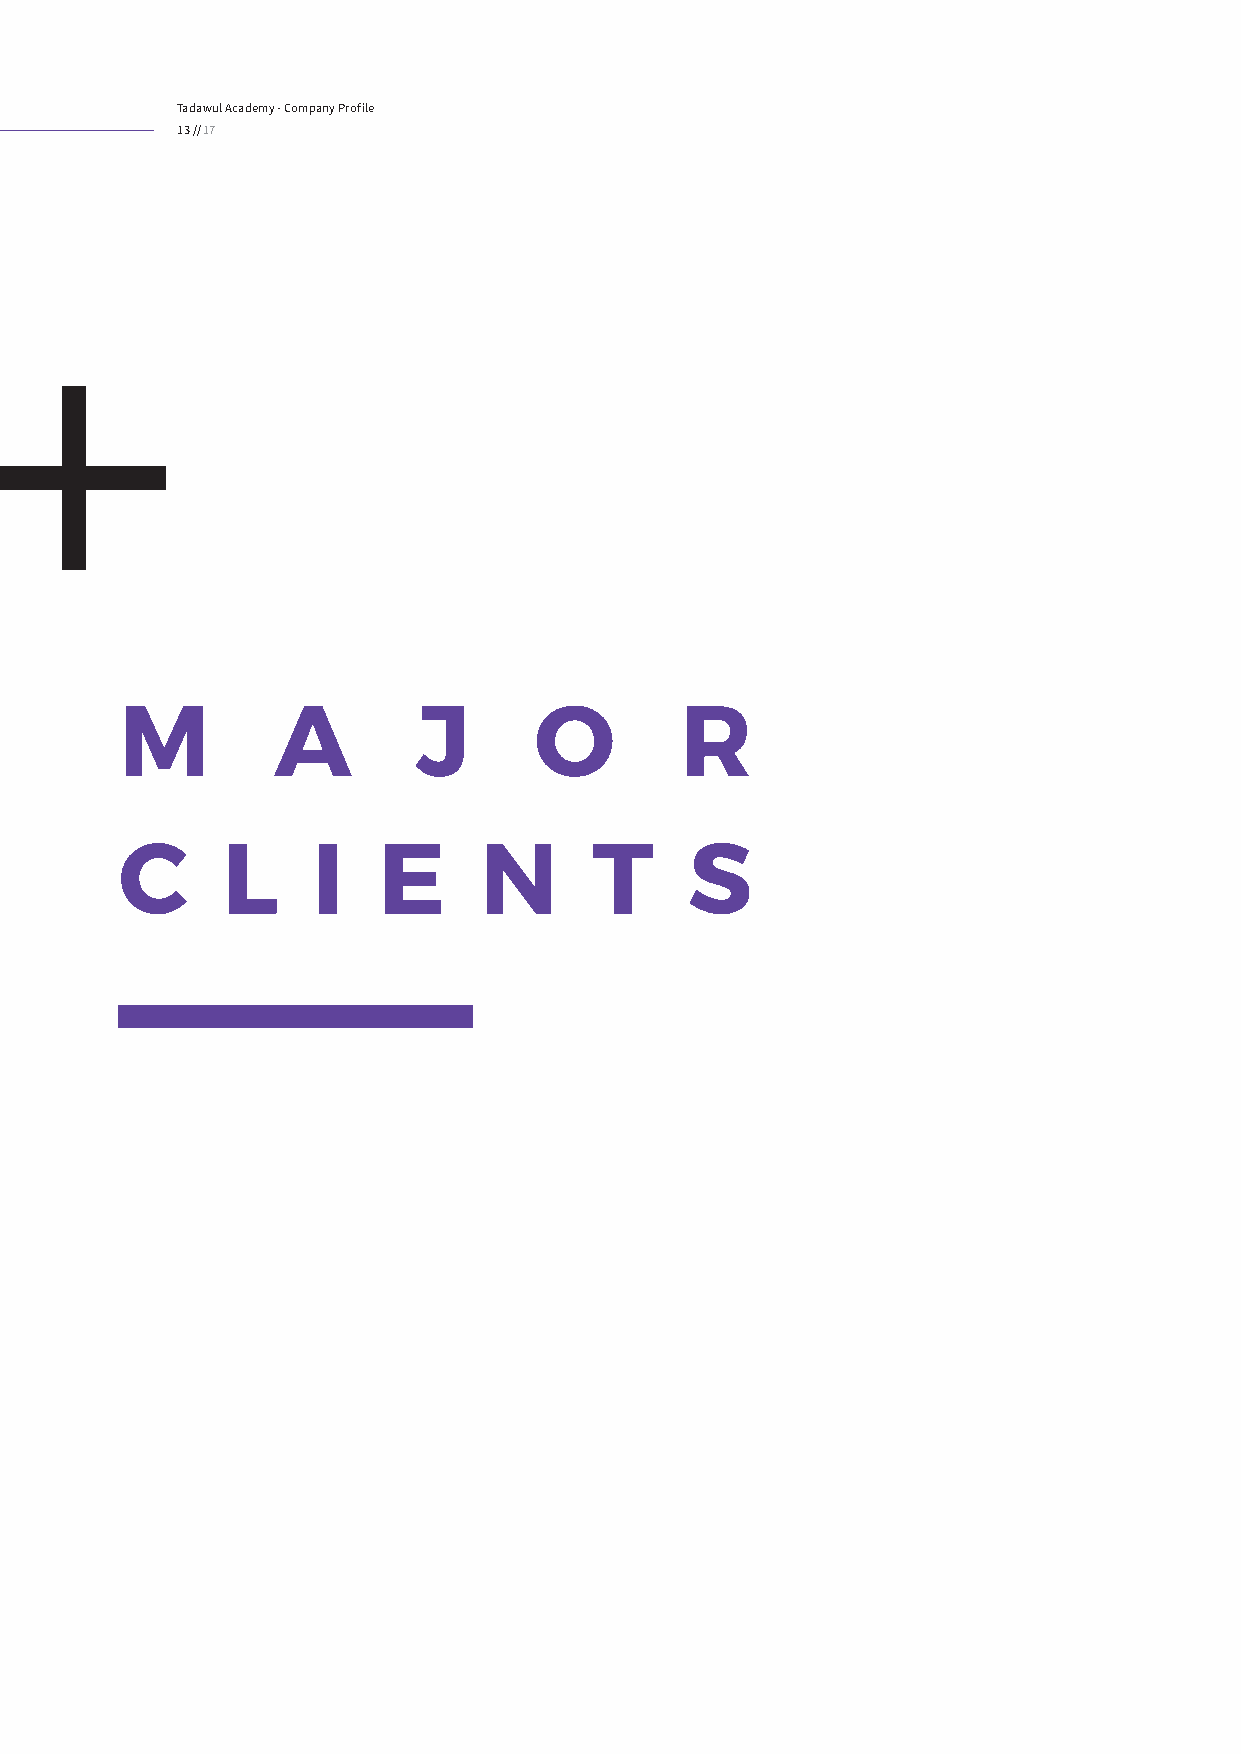
Tadawul Academy - Company Profile
 13 // 17
 M         A         J      O         R
 C      L     I   E      N      T      S